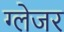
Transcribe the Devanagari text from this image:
ग्लेजर